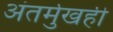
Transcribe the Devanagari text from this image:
अंतर्मुखही